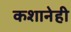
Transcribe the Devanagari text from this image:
कशानेही